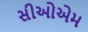
સીઓએમ